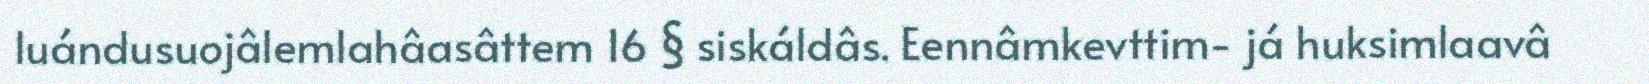
luándusuojâlemlahâasâttem 16 § siskáldâs. Eennâmkevttim- já huksimlaavâ